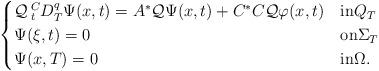
LaTeX: \begin{align*}\begin{cases}\mathcal{Q}\,^{C}_{t}D_{T}^{q}\Psi(x,t)= A^{*} \mathcal{Q}\Psi(x,t) + C^{*}C \mathcal{Q} \varphi(x,t)& \hbox{in} Q_{T} \\\Psi(\xi,t) = 0 & \hbox{on} \Sigma_{T}\\ \Psi(x,T) = 0 & \hbox{in} \Omega.\end{cases}\end{align*}